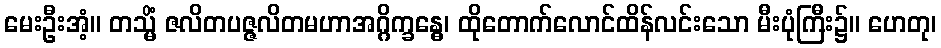
မေးဦးအံ့။ တသ္မိံ ဇလိတပဇ္ဇလိတမဟာအဂ္ဂိက္ခန္ဓေ၊ ထိုတောက်လောင်ထိန်လင်းသော မီးပုံကြီး၌။ ဟေတု၊